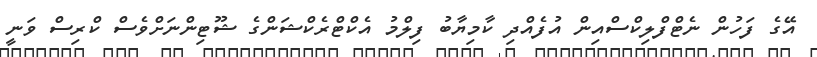
އޭގެ ފަހުން ނެޓްފްލިކްސްއިން އުފެއްދި ކާމިޔާބު ފިލްމު އެކްޓްރެކްޝަންގެ ޝޫޓިންނަށްވެސް ކްރިސް ވަނީ